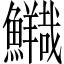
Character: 𲍃